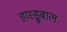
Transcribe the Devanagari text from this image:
हास्ड्रुबाल